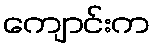
ကျောင်းက